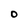
Character: O